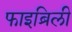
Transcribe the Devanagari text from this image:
फाइब्रिली